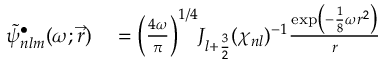
\begin{array} { r l } { \widetilde \psi _ { n l m } ^ { \bullet } ( \omega ; \vec { r } ) } & { { } = \Bigl ( \frac { 4 \omega } { \pi } \Bigr ) ^ { 1 / 4 } J _ { l + \frac { 3 } { 2 } } ( \chi _ { n l } ) ^ { - 1 } \frac { \exp \bigl ( - \frac { 1 } { 8 } \omega r ^ { 2 } \bigr ) } { r } } \end{array}